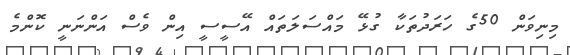
މިނިވަން 50ގެ ހަރަދުތަކާ ގުޅޭ މައްސަލަތައް އޭސީސީ އިން ވެސް އަންނަނީ ކޮންމެ